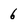
Character: 6